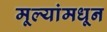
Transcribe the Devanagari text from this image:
मूल्‍यांमधून